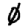
Digit: 0